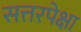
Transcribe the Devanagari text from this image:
सत्तरपेक्षा